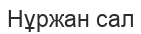
Нұржан сал